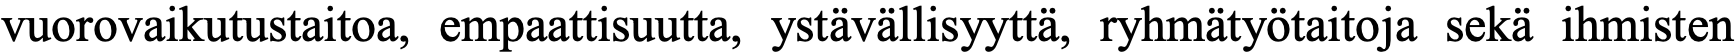
vuorovaikutustaitoa, empaattisuutta, ystävällisyyttä, ryhmätyötaitoja sekä ihmisten